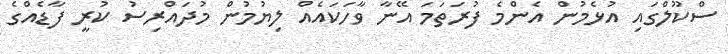
ސްކޫލްގައި އުޅެމުން އެންމެ ފުރަތަމަ އޭނާ ވާހަކައެއް ލިޔުމުން މުދައްރިސު ކުރީ ފާޑެއްގެ